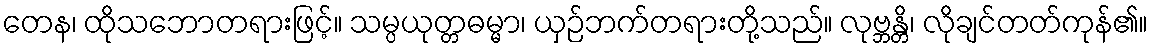
တေန၊ ထိုသဘောတရားဖြင့်။ သမ္ပယုတ္တဓမ္မာ၊ ယှဉ်ဘက်တရားတို့သည်။ လုဗ္ဘန္တိ၊ လိုချင်တတ်ကုန်၏။